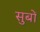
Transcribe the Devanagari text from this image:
सुबों